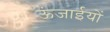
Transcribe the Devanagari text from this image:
ऊंजाईयों